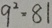
9 ^ { 2 } = 8 1